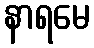
နာရမေ